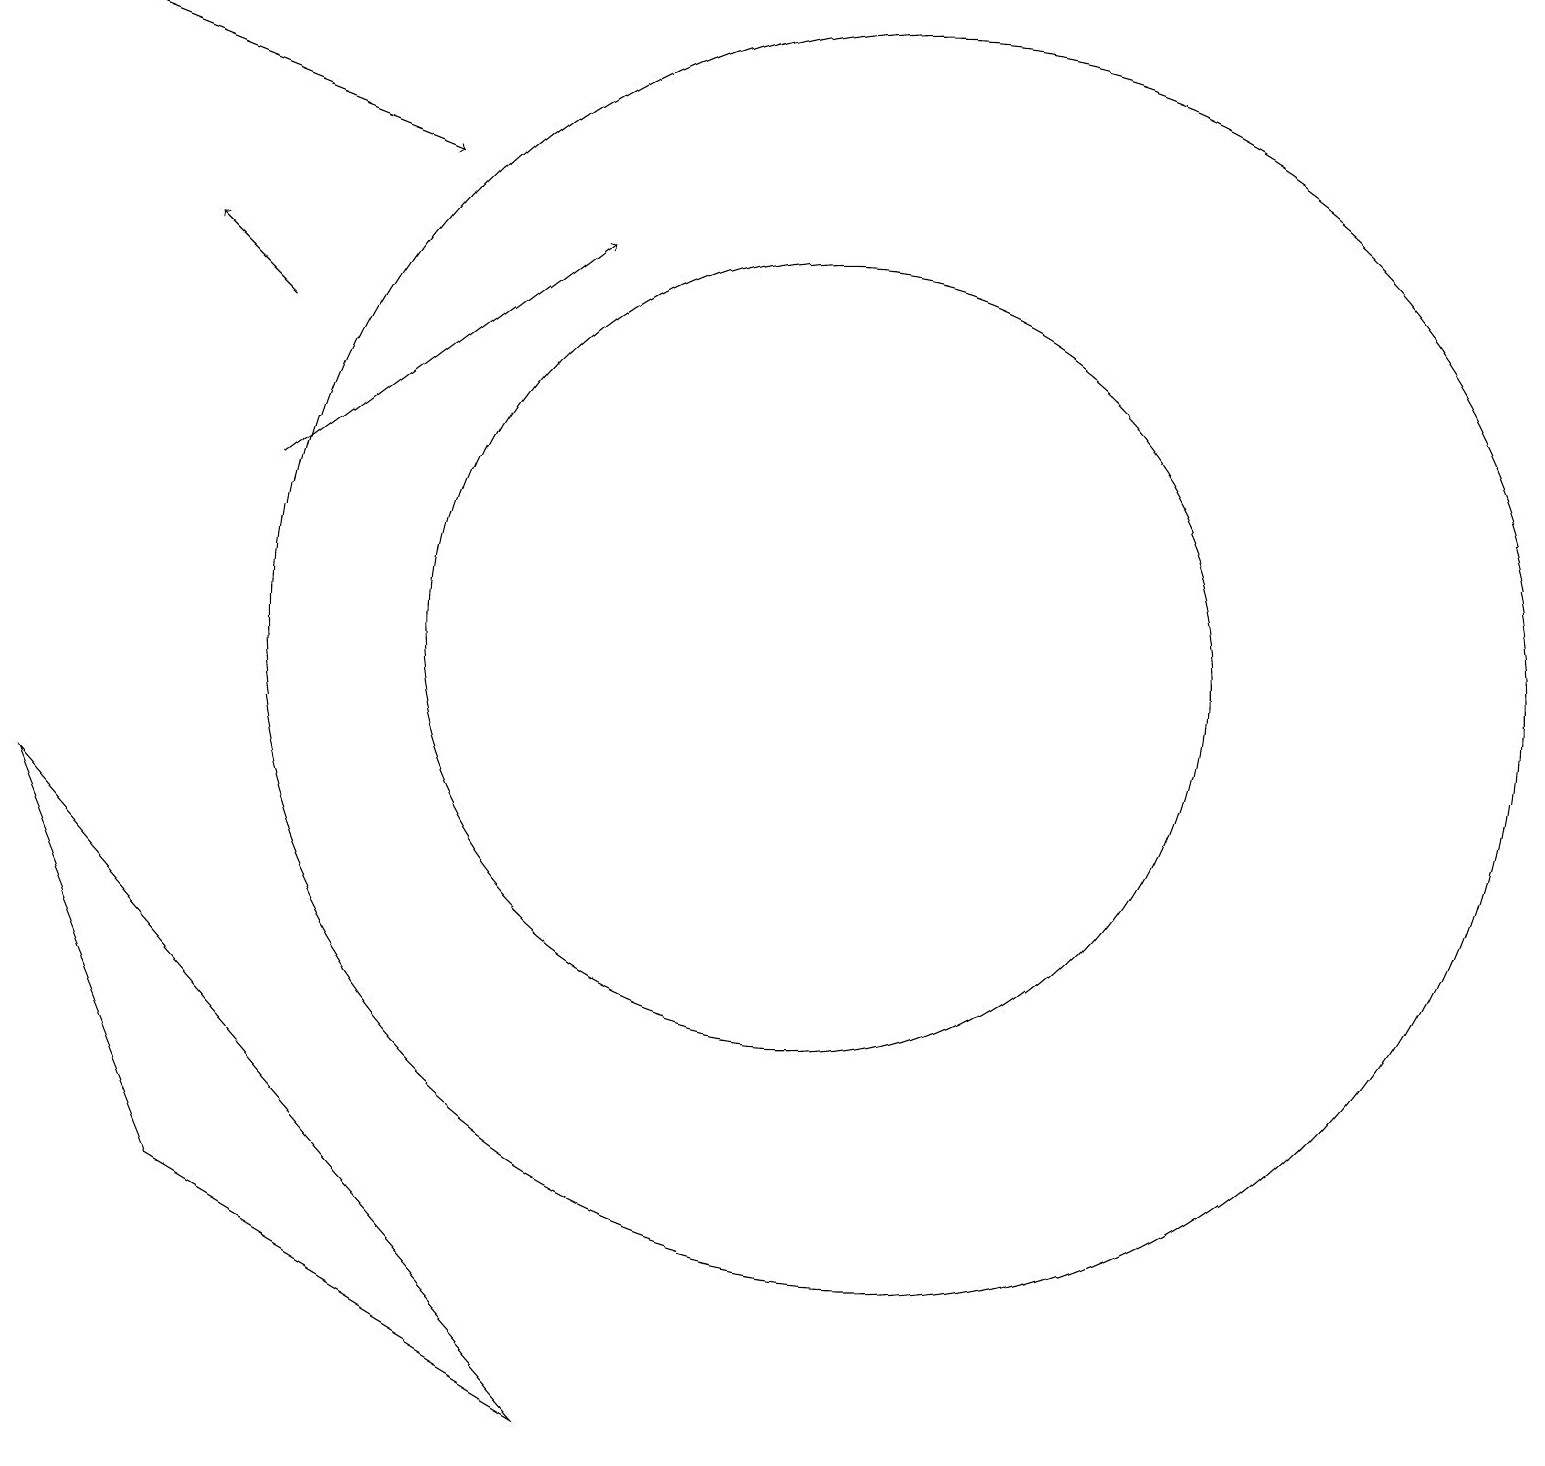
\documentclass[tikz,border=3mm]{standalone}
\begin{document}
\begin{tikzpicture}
\draw (11,11) circle (5);
\draw (12,11) circle (8);
\draw[->] (1,19) -- (6,17);
\draw[->] (4,13) -- (8,16);
\draw[->] (4,15) -- (3,16);
\draw (1,9) -- (8,1) -- (3,4) -- cycle;
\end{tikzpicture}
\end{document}